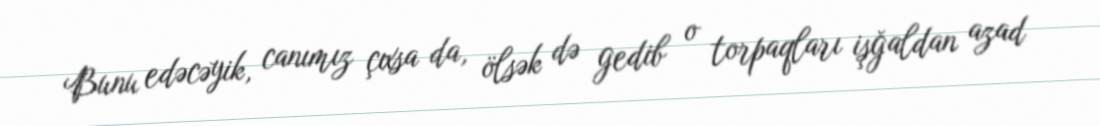
Bunu edəcəyik, canımız çıxsa da, ölsək də gedib o torpaqları işğaldan azad